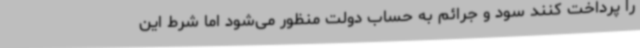
را پرداخت کنند سود و جرائم به حساب دولت منظور می‌شود اما شرط این